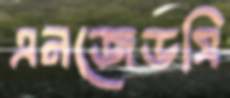
এনজেডসি